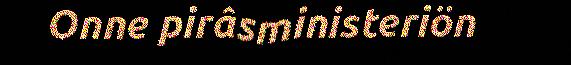
Onne pirâsministeriön